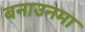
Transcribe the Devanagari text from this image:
बनाउनमा